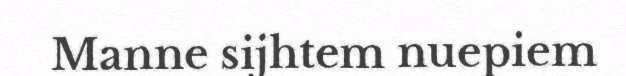
Manne sijhtem nuepiem